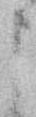
申